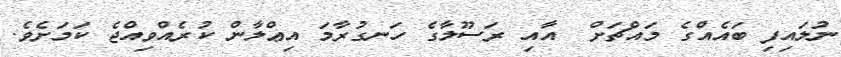
ނުލައިފި ބައެއްގެ މައްޗަށް  އާއި ރަސޫލާގެ ހަނގުރާމަ އިޢްލާން ކުރެއްވިއްޖެ ކަމަށެވެ.